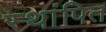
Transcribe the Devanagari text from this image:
स्थांपित